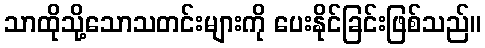
သာထိုသို့သောသတင်းများကို ပေးနိုင်ခြင်းဖြစ်သည်။